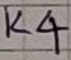
Text: K4